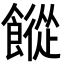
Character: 𩞆